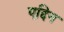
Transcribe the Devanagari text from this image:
एद्दिन